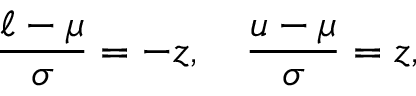
{ \frac { \ell - \mu } { \sigma } } = - z , \quad { \frac { u - \mu } { \sigma } } = z ,